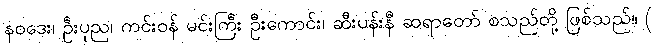
နဝဒေး၊ ဦးပုည၊ ကင်းဝန် မင်းကြီး ဦးကောင်း၊ ဆီးပန်းနီ ဆရာတော် စသည်တို့ ဖြစ်သည်။ (